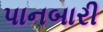
પાનબારી